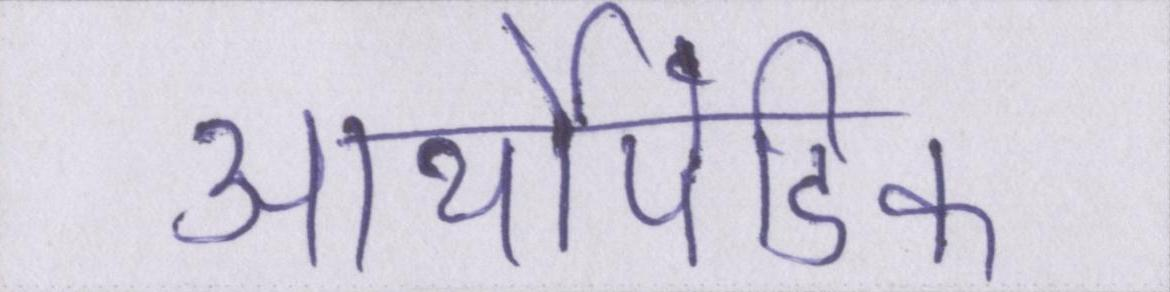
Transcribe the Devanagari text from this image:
आर्थोपेडिक